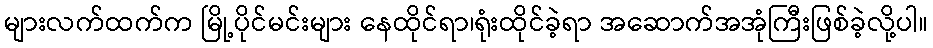
များလက်ထက်က မြို့ပိုင်မင်းများ နေထိုင်ရာ၊ရုံးထိုင်ခဲ့ရာ အဆောက်အအုံကြီးဖြစ်ခဲ့လို့ပါ။